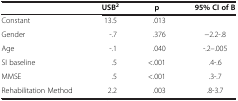
<table><thead><tr><td><b> </b></td><td><b>USB<sup>2</sup></b></td><td><b>p</b></td><td><b>95% CI of B</b></td></tr></thead><tbody><tr><td>Constant</td><td>13.5</td><td>.013</td><td> </td></tr><tr><td>Gender</td><td>-.7</td><td>.376</td><td>−2.2-.8</td></tr><tr><td>Age</td><td>-.1</td><td>.040</td><td>-.2--.005</td></tr><tr><td>SI baseline</td><td>.5</td><td>&lt;.001</td><td>.4-.6</td></tr><tr><td>MMSE</td><td>.5</td><td>&lt;.001</td><td>.3-.7</td></tr><tr><td>Rehabilitation Method</td><td>2.2</td><td>.003</td><td>.8-3.7</td></tr></tbody></table>